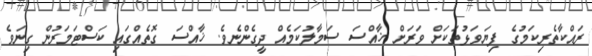
ރައްކާތެރިކަމުގެ ފިޔަވަޅުތަކަށް ވަރަށް ޚާއްސަ ސަމާލުކަމެއް ދީގެންނެވެ. ޚާއްސަ ގޮތެއްގައި ކަސްޓަމަރުން ގިނަވެ